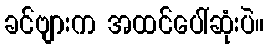
ခင်ဗျားက အထင်ပေါ်ဆုံးပဲ။